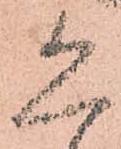
恐